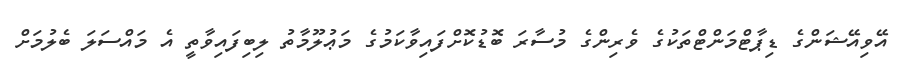
އޭވިއޭޝަންގެ ޑިޕާޓްމަންޓްތަކުގެ ވެރިންގެ މުސާރަ ބޮޑުކޮށްފައިވާކަމުގެ މަޢުލޫމާތު ލިބިފައިވާތީ އެ މައްސަލަ ބެލުމަށް